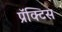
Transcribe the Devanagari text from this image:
प्रॅक्‍टिस